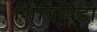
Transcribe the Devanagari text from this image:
शिविपिंडी